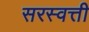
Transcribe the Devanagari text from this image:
सरस्वत्ती